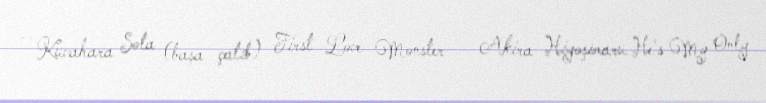
— Kuvahara Sota (başa çatıb) First Love Monster — Akira Hiyoşimaru He's My Only